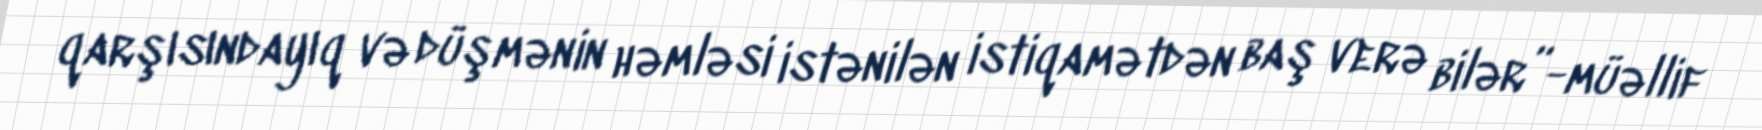
qarşısındayıq və düşmənin həmləsi istənilən istiqamətdən baş verə bilər”-müəllif